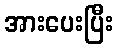
အားပေးပြီး